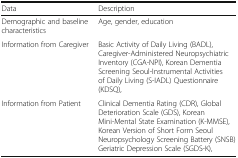
| Data | Description |
 | --- | --- |
 | Demographic and baseline characteristics | Age, gender, education |
 | Information from Caregiver | Basic Activity of Daily Living (BADL), Caregiver-Administered Neuropsychiatric Inventory (CGA-NPI), Korean Dementia Screening Seoul-Instrumental Activities of Daily Living (S-IADL) Questionnaire (KDSQ), |
 | Information from Patient | Clinical Dementia Rating (CDR), Global Deterioration Scale (GDS), Korean Mini-Mental State Examination (K-MMSE), Korean Version of Short Form Seoul Neuropsychology Screening Battery (SNSB) Geriatric Depression Scale (SGDS-K), |